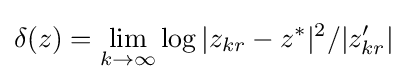
\delta (z)=\lim _{k\to \infty }\log |z_{kr}-z^{*}|^{2}/|z'_{kr}|